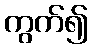
ကွက်၍